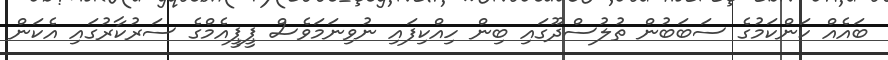
ބައެއް ކަންކަމުގެ ސަބަބުން ތުލުސްދޫގައި ބިން ހިއްކިފައި ނުވިނަމަވެސް ޕީޕީއެމްގެ ސަރުކާރުގައި އެކަން